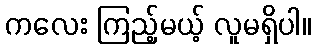
ကလေး ကြည့်မယ့် လူမရှိပါ။